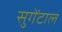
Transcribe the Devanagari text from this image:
सुगेंटाल